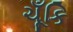
ચૂઁકિ